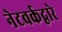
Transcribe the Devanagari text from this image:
नेटवर्कद्वारे